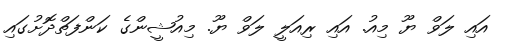
އައި ލަވް ޔޫ މިއު. އައި ރިއަލީ ލަވް ޔޫ. މިއުޝީންގެ ކަންފަތްދޮށުގައި